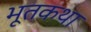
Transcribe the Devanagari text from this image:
भूतकथा